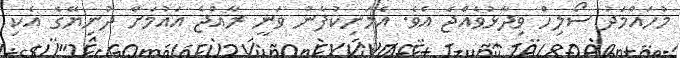
މުހައްމަދު ސޯލިހް ވިދާޅުވެއްޖެ އެވެ. އެމަނިކުފާނު ވަނީ ރާއްޖެ އައުމަށް ދުނިޔޭގެ އެކި